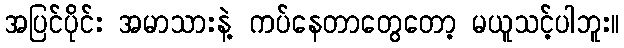
အပြင်ပိုင်း အမာသားနဲ့ ကပ်နေတာတွေတော့ မယူသင့်ပါဘူး။